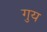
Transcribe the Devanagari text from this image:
गुय